Sanitation, dispensaries and jails vaccination Rajputana 1922-1927 - 1922-1927
Year: 1922
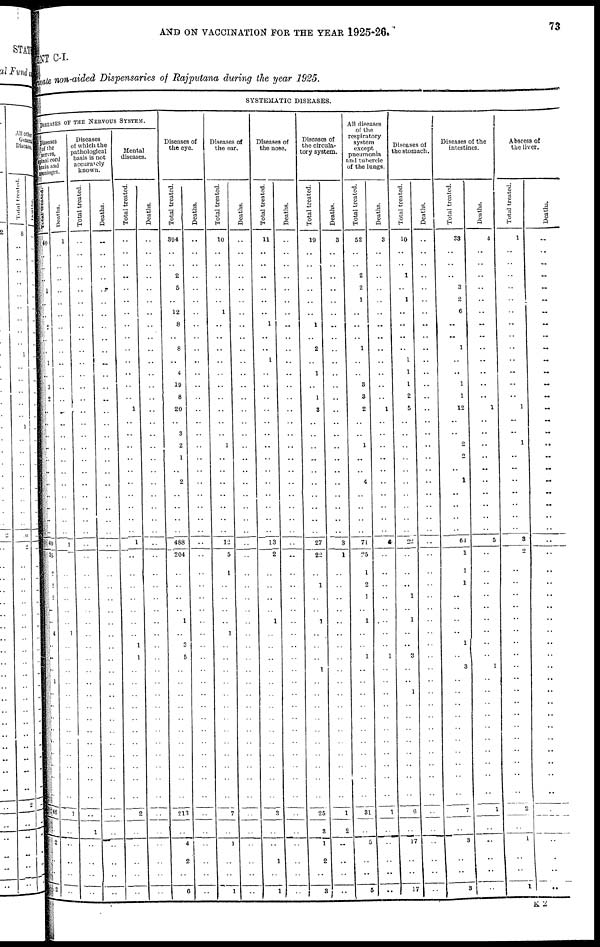
AND ON VACCINATION FOR THE YEAR 1925-26.
73
MENT C-I.
Private non-aided Dispensaries of Rajputana during the year 1925.
SYSTEMATIC DISEASES.
DISEASES OF THE NERVOUS SYSTEM.
Diseases
of the
nerves,
spinal cord
brain and
meninges.
Total treated.
40
..
..
..
1
..
..
2
..
..
1
..
3
2
..
..
..
..
..
..
..
..
..
..
..
49
35
2
2
2
..
..
4
..
..
..
1
..
..
..
..
..
..
..
..
..
46
..
2
..
..
2
Deaths.
1
..
..
..
..
..
..
..
..
..
..
..
..
..
..
..
..
..
..
..
..
..
..
..
..
1
..
..
..
..
..
..
1
..
..
..
..
..
..
..
..
..
..
..
..
..
1
..
..
..
..
..
Diseases
of which the
pathological
basis is not
accurately
known.
Total treated.
..
..
..
..
..
..
..
..
..
..
..
..
..
..
..
..
..
..
..
..
..
..
..
..
..
..
..
..
..
..
..
..
..
..
..
..
..
..
..
..
..
..
..
..
..
..
..
1
..
..
..
..
Deaths.
..
..
..
..
..
..
..
..
..
..
..
..
..
..
..
..
..
..
..
..
..
..
..
..
..
..
..
..
..
..
..
..
..
..
..
..
..
..
..
..
..
..
..
..
..
..
..
..
..
..
..
..
Mental
diseases.
Total treated.
..
..
..
..
..
..
..
..
..
..
..
..
..
..
1
..
..
..
..
..
..
..
..
..
..
1
..
..
..
..
..
..
..
1
1
..
..
..
..
..
..
..
..
..
..
..
2
..
..
..
..
..
Deaths.
..
..
..
..
..
..
..
..
..
..
..
..
..
..
..
..
..
..
..
..
..
..
..
..
..
..
..
..
..
..
..
..
..
..
..
..
..
..
..
..
..
..
..
..
..
..
..
..
..
..
..
..
Diseases of
the eye.
Total treated.
394
..
..
2
5
..
12
8
..
8
..
4
19
8
20
..
3
2
1
..
2
..
..
..
..
488
204
..
..
..
..
1
..
3
5
..
..
..
..
..
..
..
..
..
..
..
213
..
4
2
..
6
Deaths.
..
..
..
..
..
..
..
..
..
..
..
..
..
..
..
..
..
..
..
..
..
..
..
..
..
..
..
..
..
..
..
..
..
..
..
..
..
..
..
..
..
..
..
..
..
..
..
..
..
..
..
..
Diseases of
the ear.
Total treated.
10
..
..
..
..
..
1
..
..
..
..
..
..
..
..
..
..
1
..
..
..
..
..
..
..
12
5
1
..
..
..
..
1
..
..
..
..
..
..
..
..
..
..
..
..
..
7
..
1
..
..
1
Deaths.
..
..
..
..
..
..
..
..
..
..
..
..
..
..
..
..
..
..
..
..
..
..
..
..
..
..
..
..
..
..
..
..
..
..
..
..
..
..
..
..
..
..
..
..
..
..
..
..
..
..
..
Diseases of
the nose.
Total treated.
11
..
..
..
..
..
..
1
..
..
1
..
..
..
..
..
..
..
..
..
..
..
..
..
..
13
2
..
..
..
..
1
..
..
..
..
..
..
..
..
..
..
..
..
..
..
3
..
..
1
..
1
Deaths.
..
..
..
..
..
..
..
..
..
..
..
..
..
..
..
..
..
..
..
..
..
..
..
..
..
..
..
..
..
..
..
..
..
..
..
..
..
..
..
..
..
..
..
..
..
..
..
..
..
..
..
Diseases of
the circula-
tory system.
Total treated.
19
..
..
..
..
..
..
1
..
2
..
1
..
1
3
..
..
..
..
..
..
..
..
..
..
27
22
..
1
..
..
1
..
..
..
1
..
..
..
..
..
..
..
..
..
..
25
3
1
2
..
3
Deaths.
3
..
..
..
..
..
..
..
..
..
..
..
..
..
..
..
..
..
..
..
..
..
..
..
..
3
1
..
..
..
..
..
..
..
..
..
..
..
..
..
..
..
..
..
..
..
1
2
..
..
..
..
All diseases
of the
respiratory
system
except
pneumonia
and tubercle
of the lungs.
Total treated.
52
..
..
2
2
1
..
..
..
1
..
..
3
3
2
..
..
1
..
..
4
..
..
..
..
71
25
1
2
1
..
1
..
..
1
..
..
..
..
..
..
..
..
..
..
..
31
..
5
..
..
5
Deaths.
3
..
..
..
..
..
..
..
..
..
..
..
..
..
1
..
..
..
..
..
..
..
..
..
..
4
..
..
..
..
..
..
..
..
1
..
..
..
..
..
..
..
..
..
..
..
1
..
..
..
..
..
Diseases of
the stomach.
Total treated.
10
..
..
1
..
1
..
..
..
..
1
1
1
2
5
..
..
..
..
..
..
..
..
..
..
22
..
..
..
1
..
1
..
..
3
..
..
1
..
..
..
..
..
..
..
..
6
..
17
..
..
17
Deaths.
..
..
..
..
..
..
..
..
..
..
..
..
..
..
..
..
..
..
..
..
..
..
..
..
..
..
..
..
..
..
..
..
..
..
..
..
..
..
..
..
..
..
..
..
..
..
..
..
..
..
..
Diseases of the
intestines.
Total treated.
33
..
..
..
3
2
6
..
..
1
..
..
1
1
12
..
..
2
2
..
1
..
..
..
..
64
1
1
1
..
..
..
..
1
..
3
..
..
..
..
..
..
..
..
..
..
7
..
3
..
..
3
Deaths.
4
..
..
..
..
..
..
..
..
..
..
..
..
..
1
..
..
..
..
..
..
..
..
..
..
5
..
..
..
..
..
..
..
..
..
1
..
..
..
..
..
..
..
..
..
..
1
..
..
..
..
..
Abscess of
the liver.
Total treated.
1
..
..
..
..
..
..
..
..
..
..
..
..
..
1
..
..
1
..
..
..
..
..
..
..
3
2
..
..
..
..
..
..
..
..
..
..
..
..
..
..
..
..
..
..
..
2
..
1
..
..
1
Deaths.
..
..
..
..
..
..
..
.. .. .. .. ..
..
..
..
..
..
..
..
..
..
..
..
..
..
..
..
..
..
..
..
..
..
..
..
..
..
..
..
..
..
..
..
..
..
..
..
..
..
..
..
..
K 2